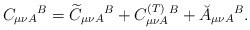
\begin{align*}C_{\mu \nu A}{}^{B}=\widetilde{C}_{\mu \nu A}{}^{B}+C_{\mu \nu A}^{{\footnotesize (T)}}{}^{B}+\breve{A}_{\mu \nu A}{}^{B}. \end{align*}